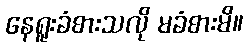
နေရူးခံစားသလို မခံစားမိ။